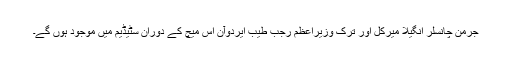
جرمن چانسلر انگیلا میرکل اور ترک وزیراعظم رجب طیب ایردوآن اِس میچ کے دوران سٹیڈیم میں موجود ہوں گے۔